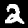
Label: 2